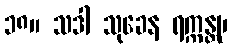
၁၈။ သဒါ သုခေန ရက္ကန္တု၊